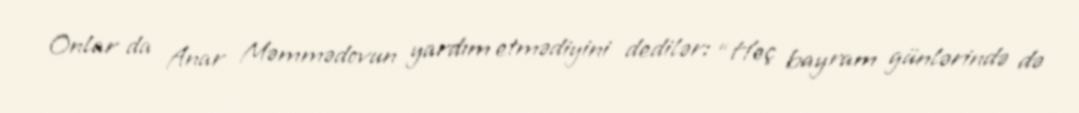
Onlar da Anar Məmmədovun yardım etmədiyini dedilər: “Heç bayram günlərində də